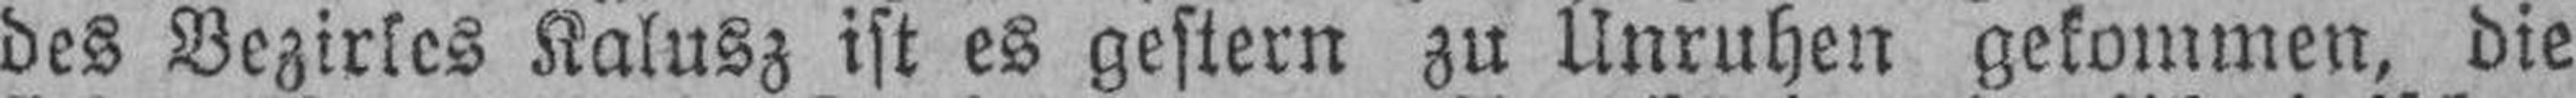
des Bezirkes Kalusz ist es gestern zu Unruhen gekommen, die